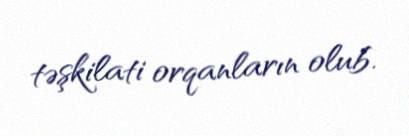
təşkilati orqanların olub.